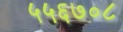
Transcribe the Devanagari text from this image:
५५६७०८